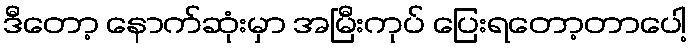
ဒီတော့ နောက်ဆုံးမှာ အမြီးကုပ် ပြေးရတော့တာပေါ့